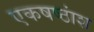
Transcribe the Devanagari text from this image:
एकषष्ठांश